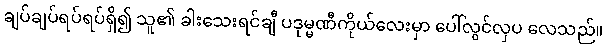
ချပ်ချပ်ရပ်ရပ်ရှိ၍ သူ၏ ခါးသေးရင်ချီ ပဒုမ္မဏီကိုယ်လေးမှာ ပေါ်လွင်လှပ လေသည်။